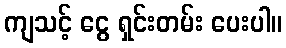
ကျသင့် ငွေ ရှင်းတမ်း ပေးပါ။